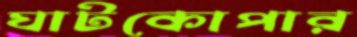
ঘাটকোপার